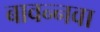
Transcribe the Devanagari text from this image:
बावन्नवा